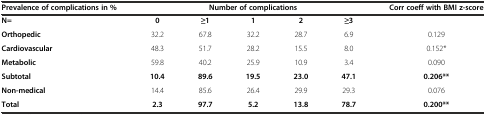
<table><thead><tr><td><b>Prevalence of complications in %</b></td><td colspan="5"><b>Number of complications</b></td><td><b>Corr coeff with BMI z-score</b></td></tr></thead><tbody><tr><td><b>N=</b></td><td><b>0</b></td><td><b>≥1</b></td><td><b>1</b></td><td><b>2</b></td><td><b>≥3</b></td><td></td></tr><tr><td><b>Orthopedic</b></td><td>32.2</td><td>67.8</td><td>32.2</td><td>28.7</td><td>6.9</td><td>0.129</td></tr><tr><td><b>Cardiovascular</b></td><td>48.3</td><td>51.7</td><td>28.2</td><td>15.5</td><td>8.0</td><td>0.152*</td></tr><tr><td><b>Metabolic</b></td><td>59.8</td><td>40.2</td><td>25.9</td><td>10.9</td><td>3.4</td><td>0.090</td></tr><tr><td><b>Subtotal</b></td><td><b>10.4</b></td><td><b>89.6</b></td><td><b>19.5</b></td><td><b>23.0</b></td><td><b>47.1</b></td><td><b>0.206**</b></td></tr><tr><td><b>Non-medical</b></td><td>14.4</td><td>85.6</td><td>26.4</td><td>29.9</td><td>29.3</td><td>0.076</td></tr><tr><td><b>Total</b></td><td><b>2.3</b></td><td><b>97.7</b></td><td><b>5.2</b></td><td><b>13.8</b></td><td><b>78.7</b></td><td><b>0.200**</b></td></tr></tbody></table>